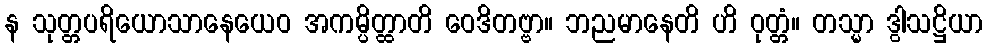
န သုတ္တပရိယောသာနေယေဝ အကမ္ပိတ္ထာတိ ဝေဒိတဗ္ဗာ။ ဘညမာနေတိ ဟိ ဝုတ္တံ။ တသ္မာ ဒွါသဋ္ဌိယာ